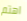
اهتم